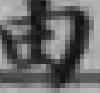
由